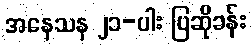
အနေသန ၂၁-ပါး ပြဆိုခန်း